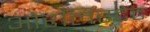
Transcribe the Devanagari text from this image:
ओरलिस्टेट